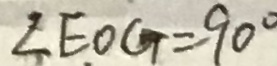
\angle E O G = 9 0 ^ { \circ }